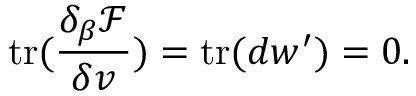
\mathrm { t r } ( \frac { \delta _ { \beta } \mathcal { F } } { \delta v } ) = \mathrm { t r } ( d w ^ { \prime } ) = 0 .